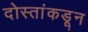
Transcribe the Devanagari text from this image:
दोस्तांकडून